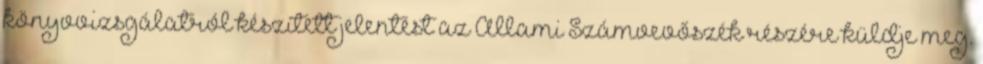
könyvvizsgálatról készített jelentést az Állami Számvevőszék részére küldje meg.